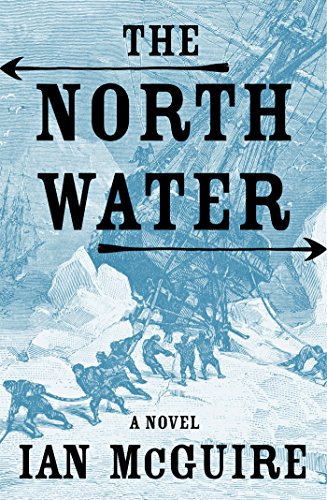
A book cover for The North Water: A Novel; Ian McGuire; Mystery, Thriller & Suspense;